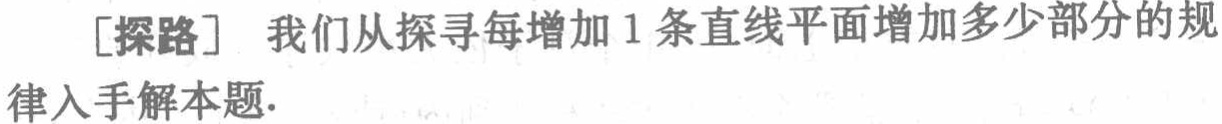
[探路] 我们从探寻每增加 1 条直线平面增加多少部分的规律入手解本题.